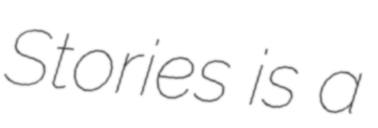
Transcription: Stories is a